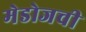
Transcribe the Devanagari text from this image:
मेडोजची